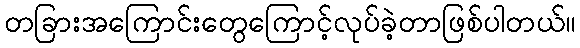
တခြားအကြောင်းတွေကြောင့်လုပ်ခဲ့တာဖြစ်ပါတယ်။